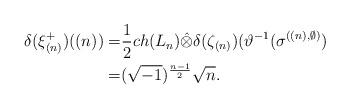
LaTeX: \begin{align*}\delta(\xi^{+}_{(n)})((n))=&\frac{1}{2}ch(L_n)\hat{\otimes}\delta(\zeta_{(n)})(\vartheta^{-1}(\sigma^{((n),\emptyset)})\\=&(\sqrt{-1})^{\frac{n-1}{2}}\sqrt{n}.\end{align*}